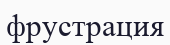
фрустрация